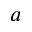
a